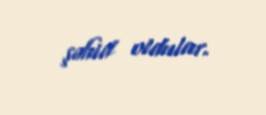
şəhid oldular.